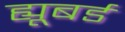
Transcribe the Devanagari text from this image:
ह्यूबर्ड